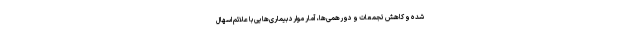
شده و کاهش تجمعات و دورهمی‌ها، آمار موارد بیماری‌هایی با علائم اسهال